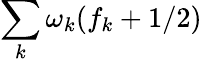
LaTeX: \sum_{k}\omega_{k}(f_{k}+1/2)